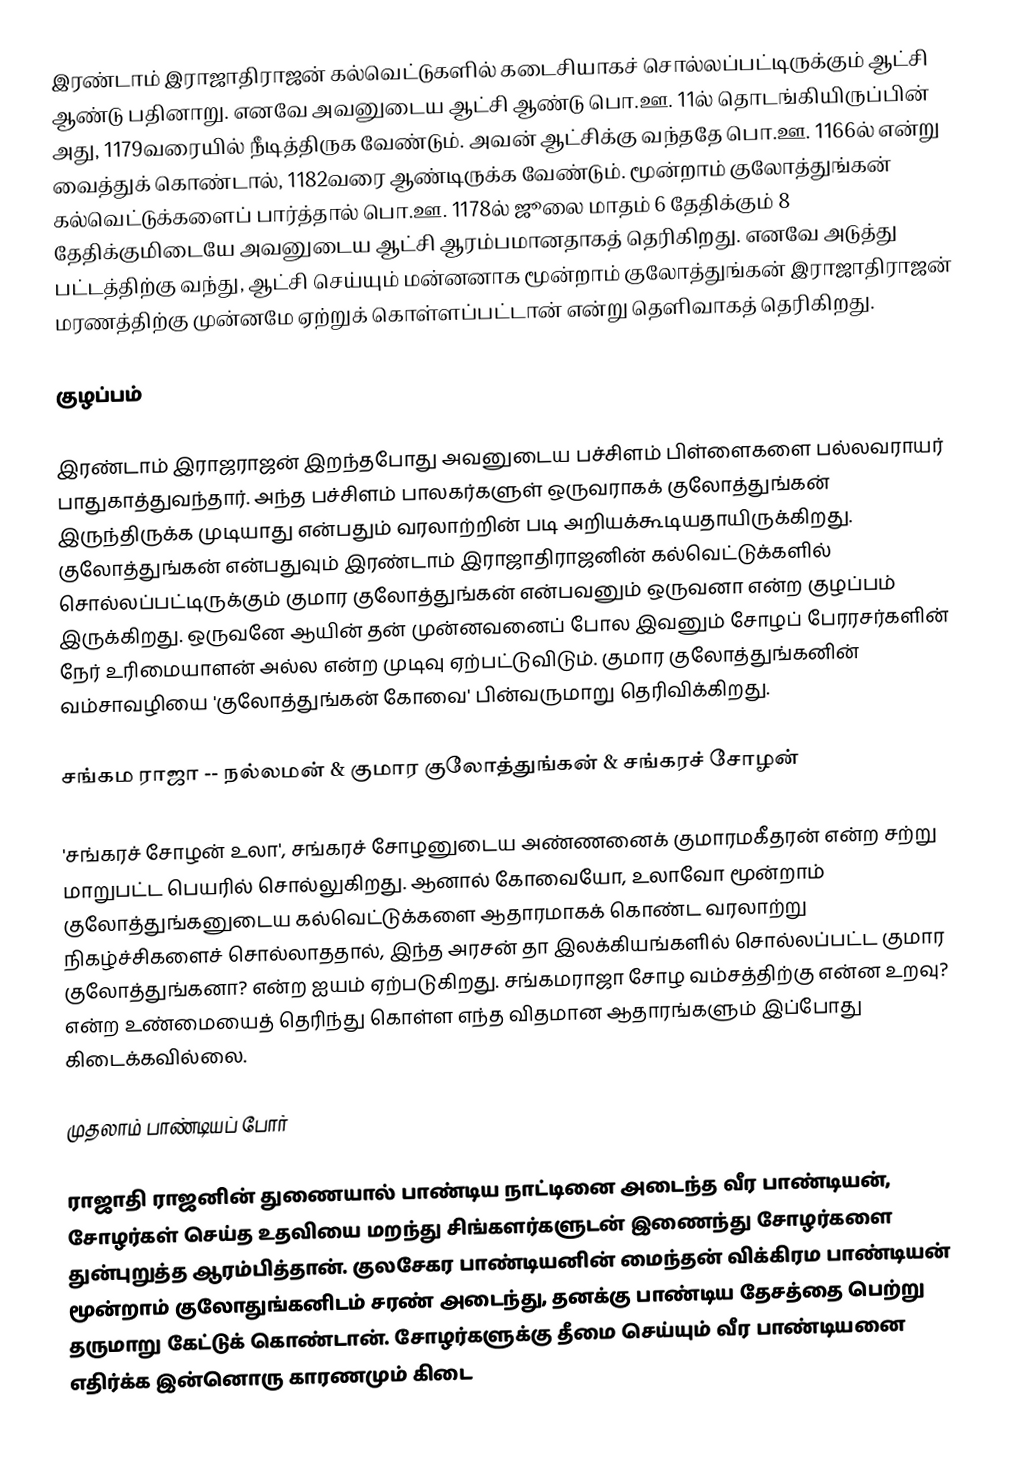
இரண்டாம் இராஜாதிராஜன் கல்வெட்டுகளில் கடைசியாகச் சொல்லப்பட்டிருக்கும் ஆட்சி ஆண்டு பதினாறு. எனவே அவனுடைய ஆட்சி ஆண்டு பொ.ஊ. 11ல் தொடங்கியிருப்பின் அது, 1179வரையில் நீடித்திருக வேண்டும். அவன் ஆட்சிக்கு வந்ததே பொ.ஊ. 1166ல் என்று வைத்துக் கொண்டால், 1182வரை ஆண்டிருக்க வேண்டும். மூன்றாம் குலோத்துங்கன் கல்வெட்டுக்களைப் பார்த்தால் பொ.ஊ. 1178ல் ஜூலை மாதம் 6 தேதிக்கும் 8 தேதிக்குமிடையே அவனுடைய ஆட்சி ஆரம்பமானதாகத் தெரிகிறது. எனவே அடுத்து பட்டத்திற்கு வந்து, ஆட்சி செய்யும் மன்னனாக மூன்றாம் குலோத்துங்கன் இராஜாதிராஜன் மரணத்திற்கு முன்னமே ஏற்றுக் கொள்ளப்பட்டான் என்று தெளிவாகத் தெரிகிறது.

குழப்பம்

இரண்டாம் இராஜராஜன் இறந்தபோது அவனுடைய பச்சிளம் பிள்ளைகளை பல்லவராயர் பாதுகாத்துவந்தார். அந்த பச்சிளம் பாலகர்களுள் ஒருவராகக் குலோத்துங்கன் இருந்திருக்க முடியாது என்பதும் வரலாற்றின் படி அறியக்கூடியதாயிருக்கிறது. குலோத்துங்கன் என்பதுவும் இரண்டாம் இராஜாதிராஜனின் கல்வெட்டுக்களில் சொல்லப்பட்டிருக்கும் குமார குலோத்துங்கன் என்பவனும் ஒருவனா என்ற குழப்பம் இருக்கிறது. ஒருவனே ஆயின் தன் முன்னவனைப் போல இவனும் சோழப் பேரரசர்களின் நேர் உரிமையாளன் அல்ல என்ற முடிவு ஏற்பட்டுவிடும். குமார குலோத்துங்கனின் வம்சாவழியை 'குலோத்துங்கன் கோவை' பின்வருமாறு தெரிவிக்கிறது.

சங்கம ராஜா -- நல்லமன் & குமார குலோத்துங்கன் & சங்கரச் சோழன்

'சங்கரச் சோழன் உலா', சங்கரச் சோழனுடைய அண்ணனைக் குமாரமகீதரன் என்ற சற்று மாறுபட்ட பெயரில் சொல்லுகிறது. ஆனால் கோவையோ, உலாவோ மூன்றாம் குலோத்துங்கனுடைய கல்வெட்டுக்களை ஆதாரமாகக் கொண்ட வரலாற்று நிகழ்ச்சிகளைச் சொல்லாததால், இந்த அரசன் தா இலக்கியங்களில் சொல்லப்பட்ட குமார குலோத்துங்கனா? என்ற ஐயம் ஏற்படுகிறது. சங்கமராஜா சோழ வம்சத்திற்கு என்ன உறவு? என்ற உண்மையைத் தெரிந்து கொள்ள எந்த விதமான ஆதாரங்களும் இப்போது கிடைக்கவில்லை.

முதலாம் பாண்டியப் போர்

ராஜாதி ராஜனின் துணையால் பாண்டிய நாட்டினை அடைந்த வீர பாண்டியன், சோழர்கள் செய்த உதவியை மறந்து சிங்களர்களுடன் இணைந்து சோழர்களை துன்புறுத்த ஆரம்பித்தான். குலசேகர பாண்டியனின் மைந்தன் விக்கிரம பாண்டியன் மூன்றாம் குலோதுங்கனிடம் சரண் அடைந்து, தனக்கு பாண்டிய தேசத்தை பெற்று தருமாறு கேட்டுக் கொண்டான். சோழர்களுக்கு தீமை செய்யும் வீர பாண்டியனை எதிர்க்க இன்னொரு காரணமும் கிடை